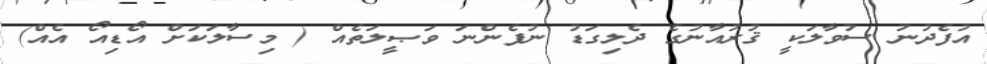
އުފެދުނު ސުވާލަކީ ޤުރުއާނުގެ ދެލިގަޑު ނުފެންނަ ވަޞީލަތެއް ( މިސާލަކަށް އޯޑިއޯ އެއް)